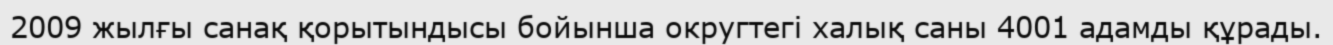
2009 жылғы санақ қорытындысы бойынша округтегі халық саны 4001 адамды құрады.